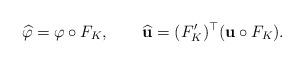
LaTeX: \begin{align*}\widehat{\varphi}=\varphi\circ F_{K},\qquad\widehat{\mathbf{u}}=(F_{K}^{\prime})^{\top}({\mathbf{u}}\circ F_{K}).\end{align*}